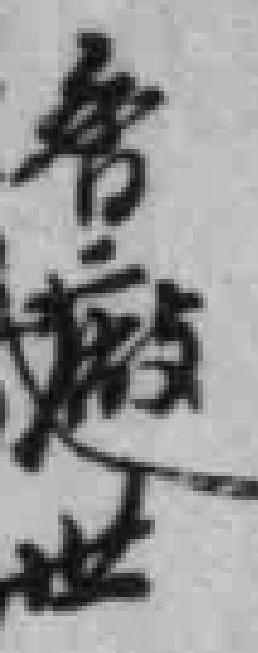
會厰世